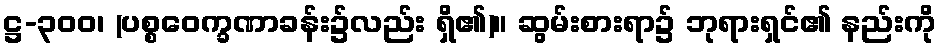
ဋ္ဌ-၃၀၀၊ (ပစ္စဝေက္ခဏာခန်း၌လည်း ရှိ၏)။ ဆွမ်းစားရာ၌ ဘုရားရှင်၏ နည်းကို